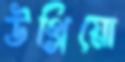
উথ্‌লিয়ো